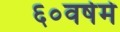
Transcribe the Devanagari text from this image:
६०वर्षमे